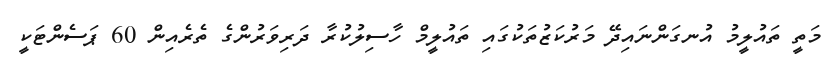
މަތީ ތައުލީމު އުނގަންނައިދޭ މަރުކަޒުތަކުގައި ތައުލީމް ހާސިލުކުރާ ދަރިވަރުންގެ ތެރެއިން 60 ޕަސެންޓަކީ